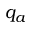
q _ { a }